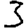
Digit: 3